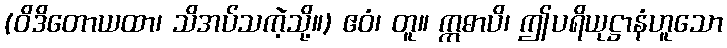
(ဝိဒိတောယထာ၊ သိအပ်သကဲ့သို့။) ဧဝံ၊ တူ။ ဣဓာပိ၊ ဤပရိယုဋ္ဌာနံဟူသော